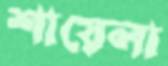
শায়েলা